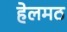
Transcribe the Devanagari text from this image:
हेलमठ